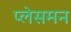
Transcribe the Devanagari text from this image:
प्लेसमन